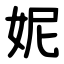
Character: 妮